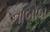
નાબોબ